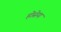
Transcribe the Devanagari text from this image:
होसेया